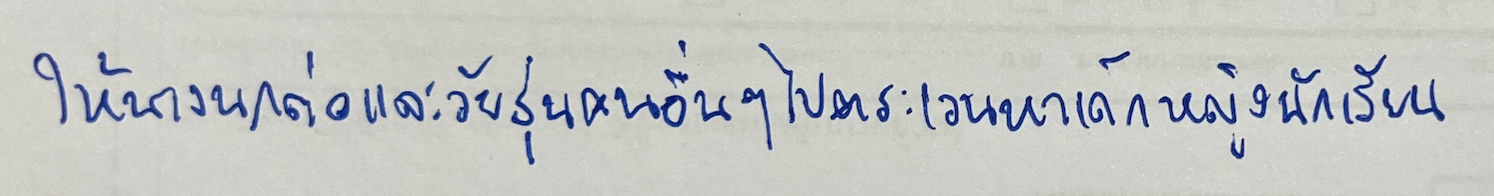
ให้นางนกต่อและวัยรุ่นคนอื่นๆไปตระเวนหาเด็กหญิงนักเรียน